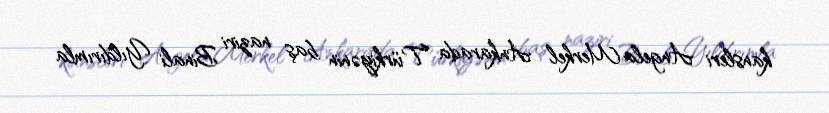
kansleri Angela Merkel Ankarada Türkiyənin baş naziri Binali Yıldırımla